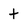
Character: t